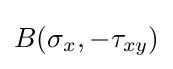
B(\sigma _{x},-\tau _{xy})